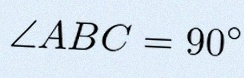
\angle ABC=90^\circ